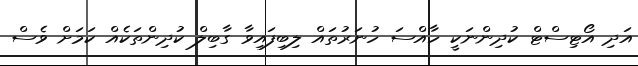
އަދި އޯޓިސްޓް ކުދިންނަކީ ހާއްސަ ހުނަރުތައް ލިބިފައިވާ ގާބިލް ކުދިންތަކެއް ކަމަށް ވެސް